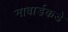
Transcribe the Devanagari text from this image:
नाबार्डकडे